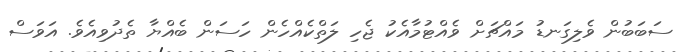
ސަބަބުން ވެލިގަނޑު މައްޗަށް ވެއްޓުމާއެކު ޖެހި ލަތްކެއްހެން ހަސަން ބެއްޔާ ތެދުވިއެވެ. އަވަސް